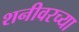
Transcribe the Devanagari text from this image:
शनीवरच्या